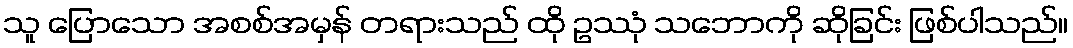
သူ ပြောသော အစစ်အမှန် တရားသည် ထို ဥဿုံ သဘောကို ဆိုခြင်း ဖြစ်ပါသည်။